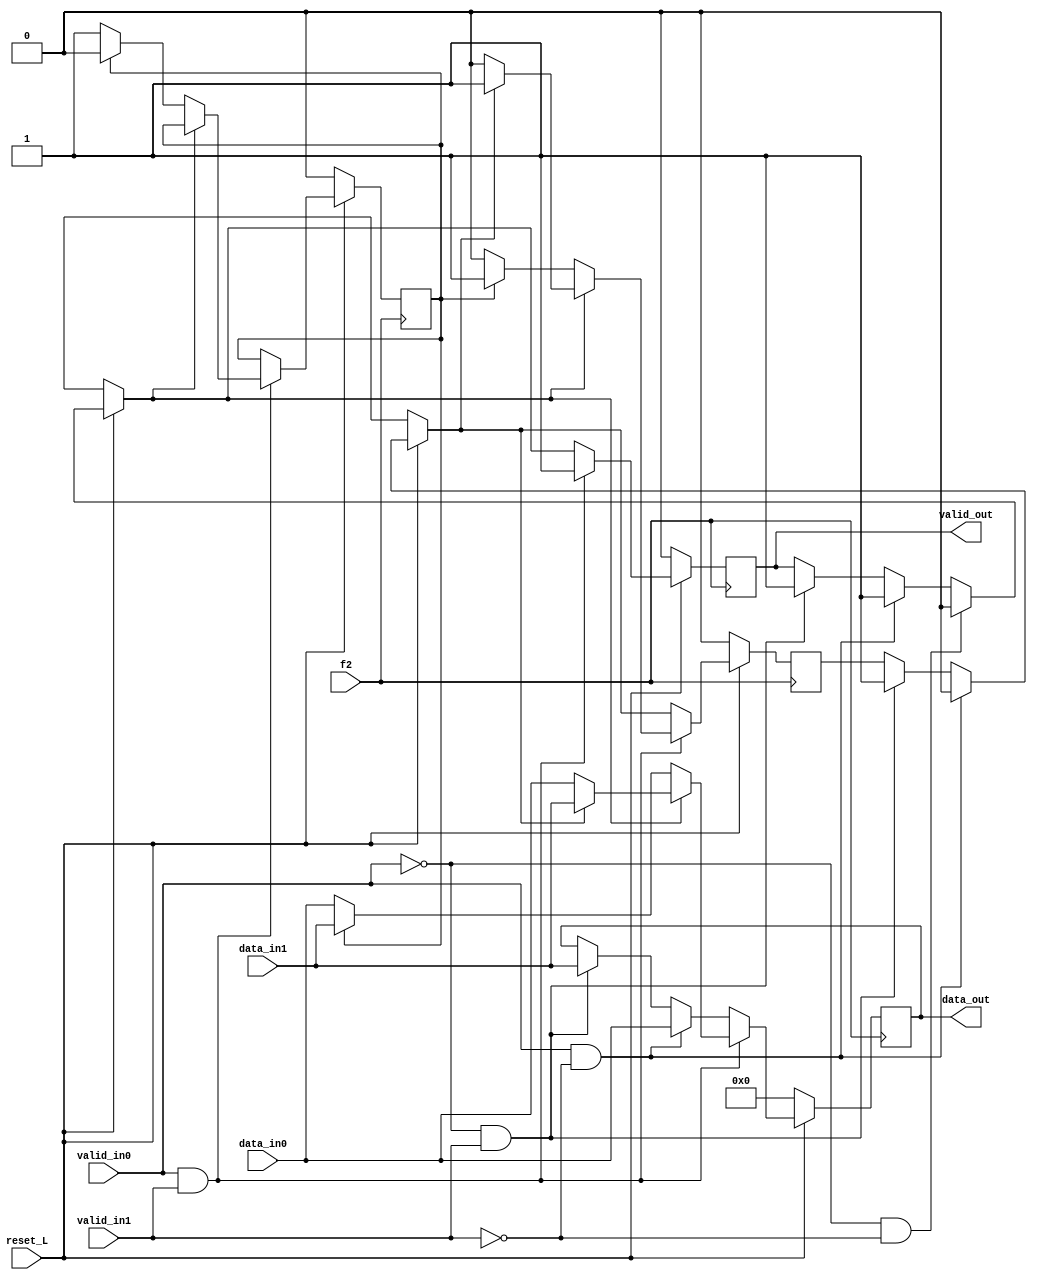
module mux (
	input f2,
	input reset_L,
	output reg[7:0] data_out,
	input [7:0] data_in0,
	input [7:0] data_in1,
	input valid_in0,
	input valid_in1,
	output reg valid_out);
	
	reg selector, selector2;

	always @(posedge f2) begin
		if(!reset_L) begin
			data_out = 0;
			selector2 = 0;
			selector = 0;
			valid_out = 0;
		end
		else begin
			if (valid_in0 == 1 && valid_in1 == 0)begin
				data_out = data_in0;
				selector = 0;
				valid_out = 1;
			end
			else if (valid_in0 == 0 && valid_in1 == 1)begin
				data_out = data_in1;
				selector = 1;
				valid_out = 1;
			end
			if (valid_in0 == 0 && valid_in1 == 0)begin
				valid_out = 0;
			end
			if (valid_in0 == 1 && valid_in1 == 1)begin
				if (valid_out) begin
					if (selector) begin
						data_out = data_in1;
						valid_out = 1;
						selector = 1;
					end		
					else begin
						data_out = data_in0;
						valid_out = 1;
						selector = 0;
					end
				end
				else if(!valid_out)begin
					if (selector2) begin			
						data_out = data_in1;
						valid_out = 1;
						selector2 = 0;
						selector = 1;
					end		
					else begin
						data_out = data_in0;
						valid_out = 1;
						selector2 = 1;
						selector = 0;
					end
				end
			end
		end
	end


endmodule